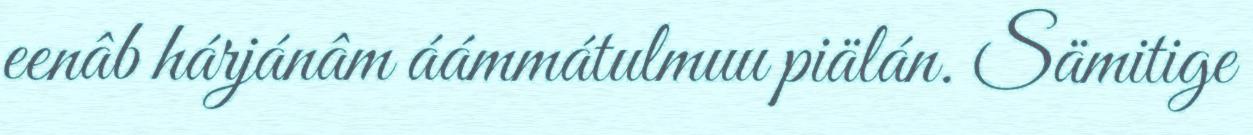
eenâb hárjánâm áámmátulmuu piälán. Sämitige